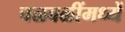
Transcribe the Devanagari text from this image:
चळवळींमध्यें